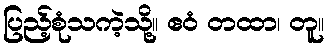
ပြည့်စုံသကဲ့သို့။ ဧဝံ တထာ၊ တူ။